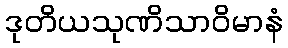
ဒုတိယသုဏိသာဝိမာနံ